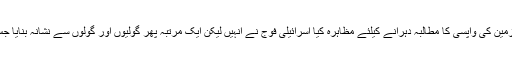
رواں سال 30 مارچ کو بھی فلسطینیوں نے اپنے گھروں اور زمین کی واپسی کا مطالبہ دہرانے کیلئے مظاہرہ کیا اسرائیلی فوج نے اُنہیں لیکن ایک مرتبہ پھر گولیوں اور گولوں سے نشانہ بنایا جس کے نتیجے میں اب تک 53 فلسطینی جاں بحق ہوچکے ہیں۔